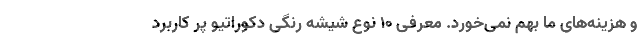
و هزینه‌های ما بهم نمی‌خورد. معرفی 10 نوع شیشه رنگی دکوراتیو پر کاربرد